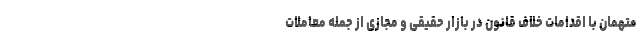
متهمان با اقدامات خلاف قانون در بازار حقیقی و مجازی از جمله معاملات